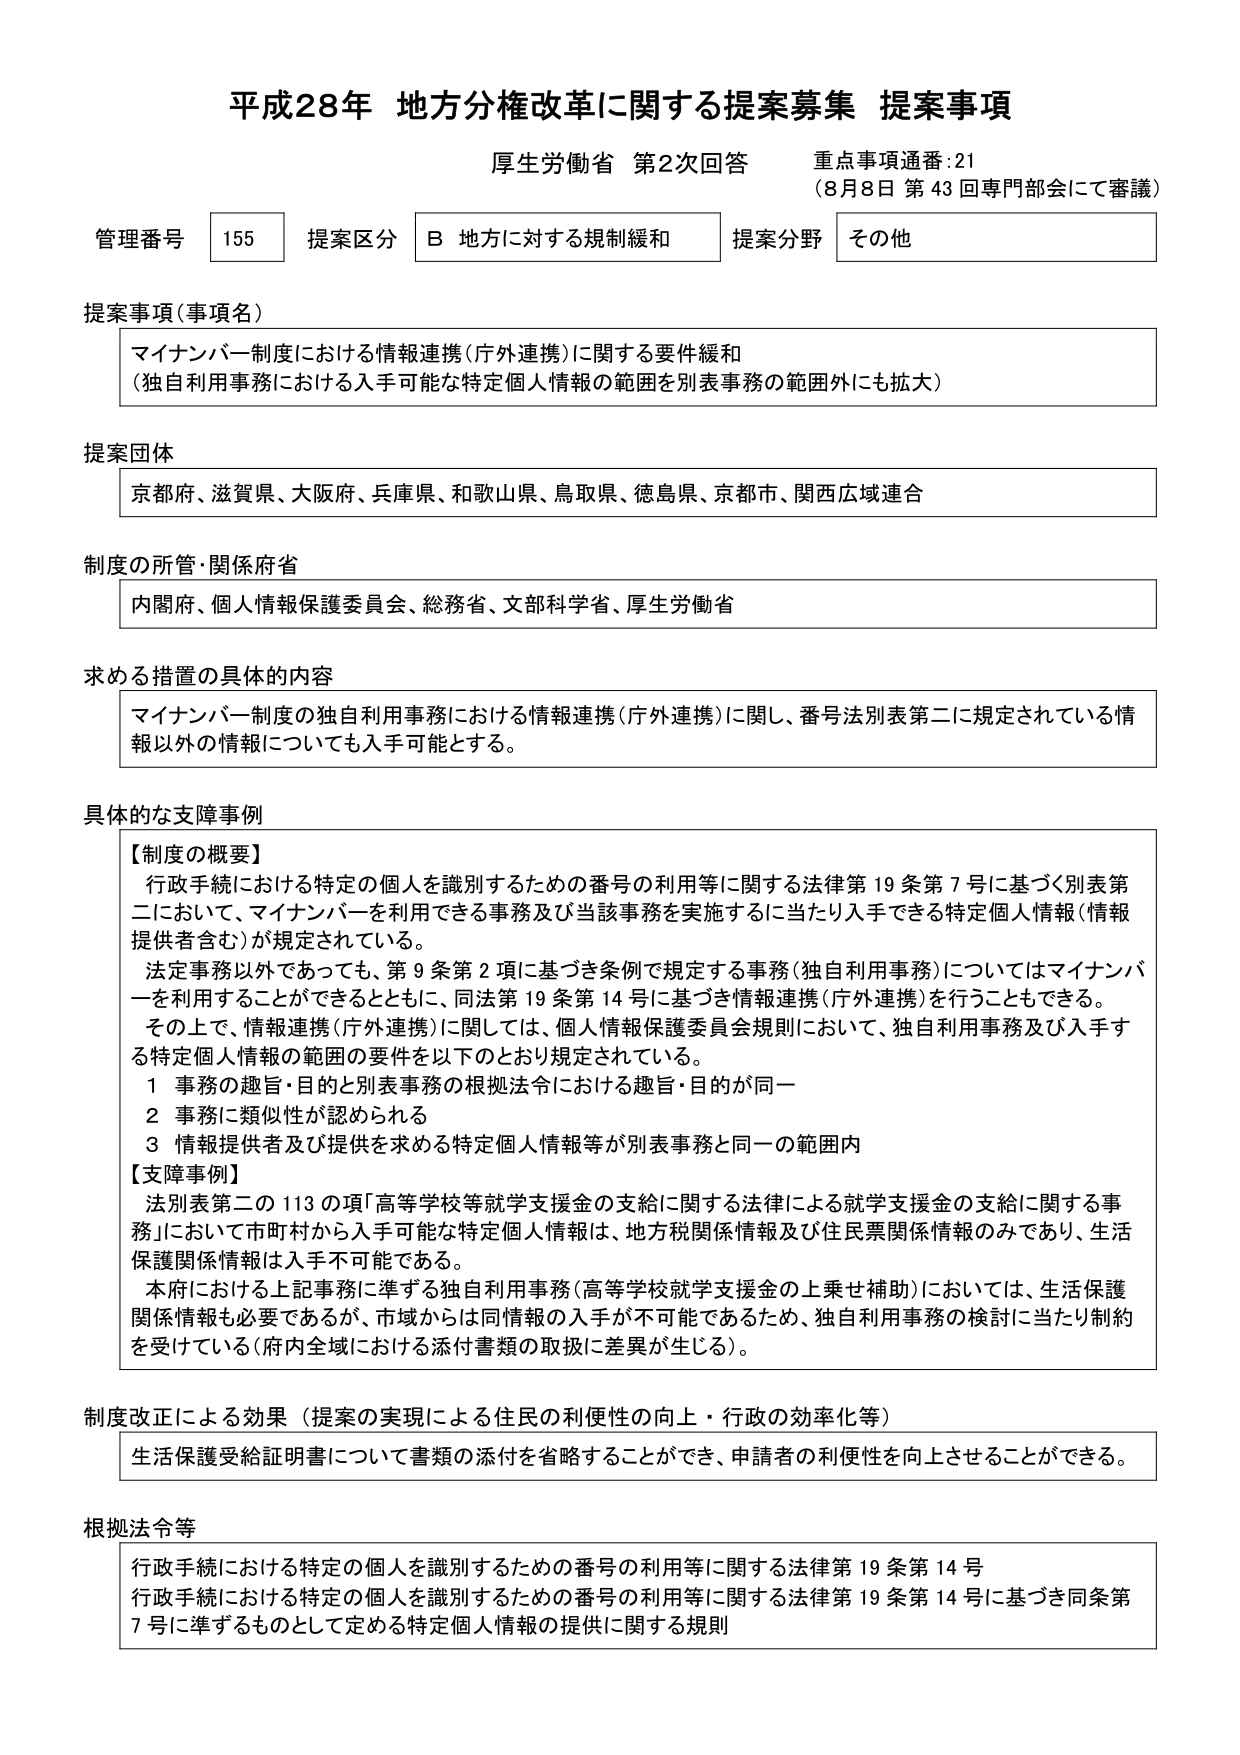
平成28年 地方分権改革に関する提案募集 提案事項
厚生労働省 第2次回答 重点事項通番:21
（8月8日 第43回専門部会にて審議）

管理番号 155 提案区分 B 地方に対する規制緩和 提案分野 その他

提案事項（事項名）
マイナンバー制度における情報連携（庁外連携）に関する要件緩和
（独自利用事務における入手可能な特定個人情報の範囲を別表事務の範囲外にも拡大）

提案団体
京都府、滋賀県、大阪府、兵庫県、和歌山県、鳥取県、徳島県、京都市、関西広域連合

制度の所管・関係府省
内閣府、個人情報保護委員会、総務省、文部科学省、厚生労働省

求める措置の具体的な内容
マイナンバー制度の独自利用事務における情報連携（庁外連携）に関し、番号法別表第二に規定されている情報以外の情報についても入手可能とする。

具体的な支障事例
【制度の概要】
行政手続における特定の個人を識別するための番号の利用等に関する法律第19条第7号に基づく別表第二において、マイナンバーを利用できる事務及び当該事務を実施するに当たり入手できる特定個人情報（情報提供者含む）が規定されている。
法定事務以外であっても、第9条第2項に基づき条例で規定する事務（独自利用事務）についてはマイナンバーを利用することもできるとともに、同法第19条第14号に基づき情報連携（庁外連携）を行うこともできる。
その上で、情報連携（庁外連携）に関しては、個人情報保護委員会規則において、独自利用事務及び入手する特定個人情報の範囲の要件を以下のとおり規定されている。
1 事務の趣旨・目的と別表事務の根拠法令における趣旨・目的が同一
2 事務に類似性が認められる
3 情報提供者及び提供を求める特定個人情報等が別表事務と同一の範囲内

【支障事例】
法別表第二の113の項「高等学校等就学支援金の支給に関する法律による就学支援金の支給に関する事務」において市町村から入手可能な特定個人情報は、地方税関係情報及び住民票関係情報のみであり、生活保護関係情報は入手不可能である。
本府における上記事務に準ずる独自利用事務（高等学校就学支援金の上乗せ補助）においては、生活保護関係情報も必要であるが、市域からは同情報の入手が不可能であるため、独自利用事務の検討に当たり制約を受けている（府内全域における添付書類の取扱に差異が生じる）。

制度改正による効果（提案の実現による住民の利便性の向上・行政の効率化等）
生活保護受給証明書について書類の添付を省略することができ、申請者の利便性を向上させることができる。

根拠法令等
行政手続における特定の個人を識別するための番号の利用等に関する法律第19条第14号
行政手続における特定の個人を識別するための番号の利用等に関する法律第19条第14号に基づき同条第7号に準ずるものとして定める特定個人情報の提供に関する規則